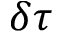
\delta \tau